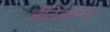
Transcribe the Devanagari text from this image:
जैंतिलास्मा